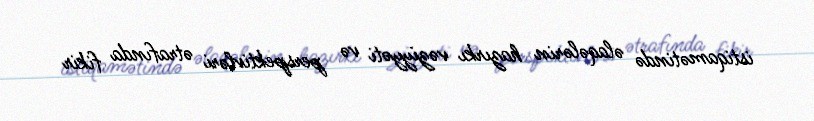
istiqamətində əlaqələrin hazırkı vəziyyəti və perspektivləri ətrafında fikir